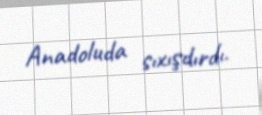
Anadoluda sıxışdırdı.